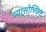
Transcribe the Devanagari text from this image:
व्यासोच्छिष्ट